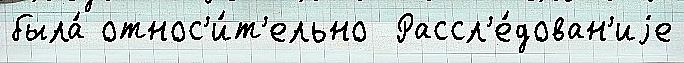
была́ относ'и́т'ельно  Рассл'е́дован'иjе